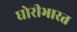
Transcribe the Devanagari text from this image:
घोरीभारत